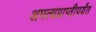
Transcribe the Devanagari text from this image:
अपत्यप्राप्तीपर्यंत